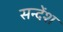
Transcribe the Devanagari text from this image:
सन्देंश